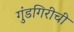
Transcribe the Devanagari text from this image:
गुंडगिरीची